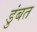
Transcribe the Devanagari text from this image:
डुंबत